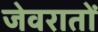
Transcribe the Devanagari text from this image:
जेवरातों